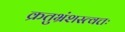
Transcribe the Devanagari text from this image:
क्रतुभ्रंशस्त्वत्तः